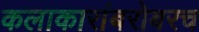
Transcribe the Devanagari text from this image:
कलाकारांबरोबरच